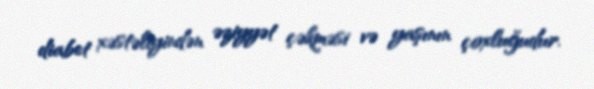
diabet xəstəliyindən əziyyət çəkməsi və yaşının çoxluğudur.